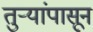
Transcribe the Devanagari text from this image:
तुर्‍यांपासून